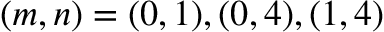
( m , n ) = ( 0 , 1 ) , ( 0 , 4 ) , ( 1 , 4 )